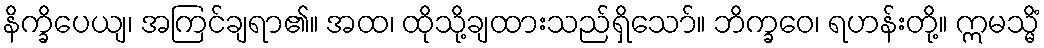
နိက္ခိပေယျ၊ အကြင်ချရာ၏။ အထ၊ ထိုသို့ချထားသည်ရှိသော်။ ဘိက္ခဝေ၊ ရဟန်းတို့။ ဣမသ္မိံ